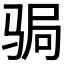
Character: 𩧺